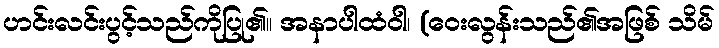
ဟင်းလင်းပွင့်သည်ကိုပြု၏။ အနာပါထံဝါ၊ (ဝေးလွန်းသည်၏အဖြစ် သိမ်